Report on vaccination in Madras 1922-1929 - 1922-1929
Year: 1922
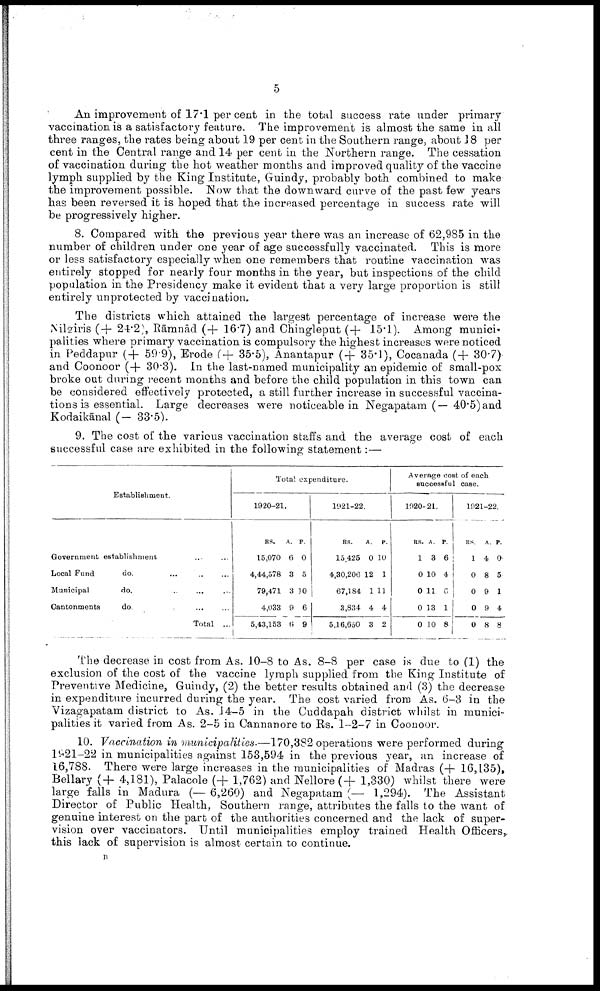
5
An improvement of 17.1 per cent in the total success rate under primary
vaccination is a satisfactory feature. The improvement is almost the same in all
three ranges, the rates being about 19 per cent in the Southern range, about 18 per
cent in the Central range and 14 per cent in the Northern range. The cessation
of vaccination during the hot weather months and improved quality of the vaccine
lymph supplied by the King Institute, Guindy, probably both combined to make
the improvement possible. Now that the downward curve of the past few years
has been reversed it is hoped that the increased percentage in success rate will
be progressively higher.
8. Compared with the previous year there was an increase of 62,985 in the
number of children under one year of age successfully vaccinated. This is more
or less satisfactory especially when one remembers that routine vaccination was
entirely stopped for nearly four months in the year, but inspections of the child
population in the Presidency make it evident that a very large proportion is still
entirely unprotected by vaccination.
The districts which attained the largest percentage of increase were the
Nilgiris (+ 24.2), Rāmnād (+ 16.7) and Chingleput (+ 15.1). Among munici
palities where primary vaccination is compulsory the highest increases were noticed
in Peddapur (+ 59.9), Erode (+ 35.5), Anantapur (+ 35.1), Cocanada (+ 30.7)
and Coonoor (+ 30.3). In the last-named municipality an epidemic of small-pox
broke out during recent months and before the child population in this town can
be considered effectively protected, a still further increase in successful vaccina
tions is essential. Large decreases were noticeable in Negapatam (— 40.5) and
Kodaikānal (- 33.5).
9. The cost of the various vaccination staffs and the average cost of each
successful case are exhibited in the following statement:—
Establishment.
Government establishment ... ...
Local Fund
do.
...
...
...
Municipal
do. ... ... ...
Cantonments
do. ... ... ...
Total ...
Total expenditure.
1920-21.
RS.
15,070
4,44,578
79,471
4,033
5,43,153
A.
6
3
3
9
6
P.
0
5
10
6
9
1921-22.
RS.
15,425
4,30,206
67,184
3,834
5,16,650
A.
0
12
1
4
3
P0
10
1
11
4
2
Average cost of each
successful case.
1920-21.
RS.
1
0
0
0
0
A.
3
10
11
13
10
P
6
4
6
1
8
1021-22.
RS.
1
0
0
0
0
A.
4
8
9
9
8
P.
0
5
1
4
8
The decrease in cost from As. 10-8 to As. 8-8 per case is due to (1) the
exclusion of the cost of the vaccine lymph supplied from the King Institute of
Preventive Medicine, Guindy, (2) the better results obtained and (3) the decrease
in expenditure incurred during the year. The cost varied from As. 6-3 in the
Vizagapatam district to As. 14-5 in the Cuddapah district whilst in munici
palities it varied from As. 2-5 in Cannanore to Rs. 1-2-7 in Coonoor.
10. Vaccination in municipalities.—170,382 operations were performed during
1921-22 in municipalities against 153,594 in the previous year, an increase of
16,788. There were large increases in the municipalities of Madras (+ 16,135),
Bellary (+ 4,181), Palacole (+ 1,762) and Nellore(+ 1,330) whilst there were
large falls in Madura (— 6,260) and Negapatam (— 1,294). The Assistant
Director of Public Health, Southern range, attributes the falls to the want of
genuine interest on the part of the authorities concerned and the lack of super
vision over vaccinators. Until municipalities employ trained Health Officers,
this lack of supervision is almost certain to continue.
B